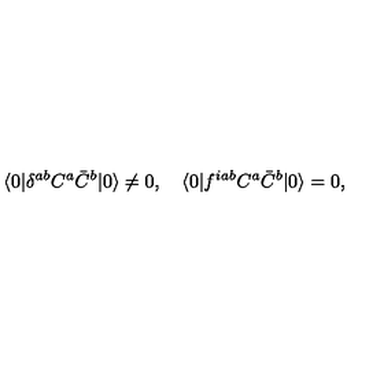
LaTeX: \langle 0 | \delta ^ { a b } C ^ { a } \bar { C } ^ { b } | 0 \rangle \not = 0 , \quad \langle 0 | f ^ { i a b } C ^ { a } \bar { C } ^ { b } | 0 \rangle = 0 ,